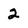
Character: 2